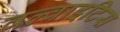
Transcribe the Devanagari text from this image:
वल्वाइटिस